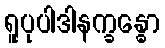
ရူပုပါဒါနက္ခန္ဓော